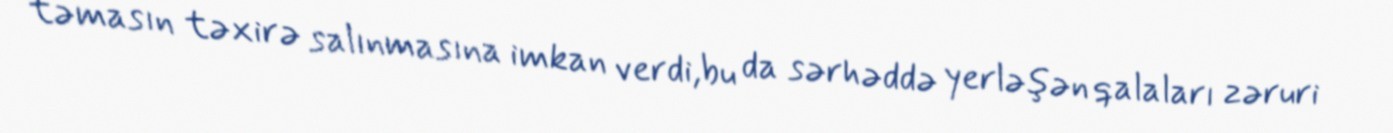
təmasın təxirə salınmasına imkan verdi,bu da sərhəddə yerləşən qalaları zəruri